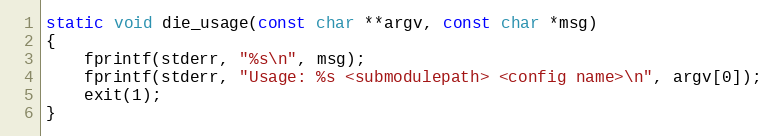
Language: C
static void die_usage(const char **argv, const char *msg)
{
	fprintf(stderr, "%s\n", msg);
	fprintf(stderr, "Usage: %s <submodulepath> <config name>\n", argv[0]);
	exit(1);
}